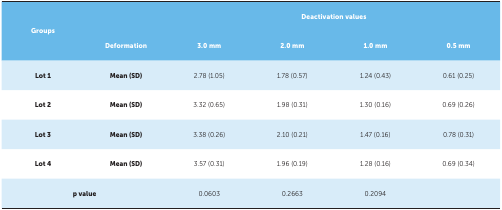
<table><thead><tr><td rowspan="2"><b>Groups</b></td><td></td><td colspan="4"><b>Deactivation values</b></td></tr><tr><td><b>Deformation</b></td><td><b>3.0 mm</b></td><td><b>2.0 mm</b></td><td><b>1.0 mm</b></td><td><b>0.5 mm</b></td></tr></thead><tbody><tr><td>Lot 1</td><td>Mean (SD)</td><td>2.78 (1.05)</td><td>1.78 (0.57)</td><td>1.24 (0.43)</td><td>0.61 (0.25)</td></tr><tr><td>Lot 2</td><td>Mean (SD)</td><td>3.32 (0.65)</td><td>1.98 (0.31)</td><td>1.30 (0.16)</td><td>0.69 (0.26)</td></tr><tr><td>Lot 3</td><td>Mean (SD)</td><td>3.38 (0.26)</td><td>2.10 (0.21)</td><td>1.47 (0.16)</td><td>0.78 (0.31)</td></tr><tr><td>Lot 4</td><td>Mean (SD)</td><td>3.57 (0.31)</td><td>1.96 (0.19)</td><td>1.28 (0.16)</td><td rowspan="2">0.69 (0.34)</td></tr><tr><td>p value</td><td>0.0603</td><td>0.2663</td><td>0.2094</td><td colspan="2"></td></tr></tbody></table>